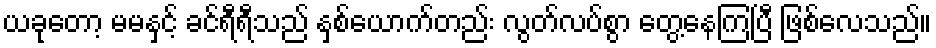
ယခုတော့ မမနှင့် ခင်ရီရီသည် နှစ်ယောက်တည်း လွတ်လပ်စွာ တွေ့နေကြပြီ ဖြစ်လေသည်။